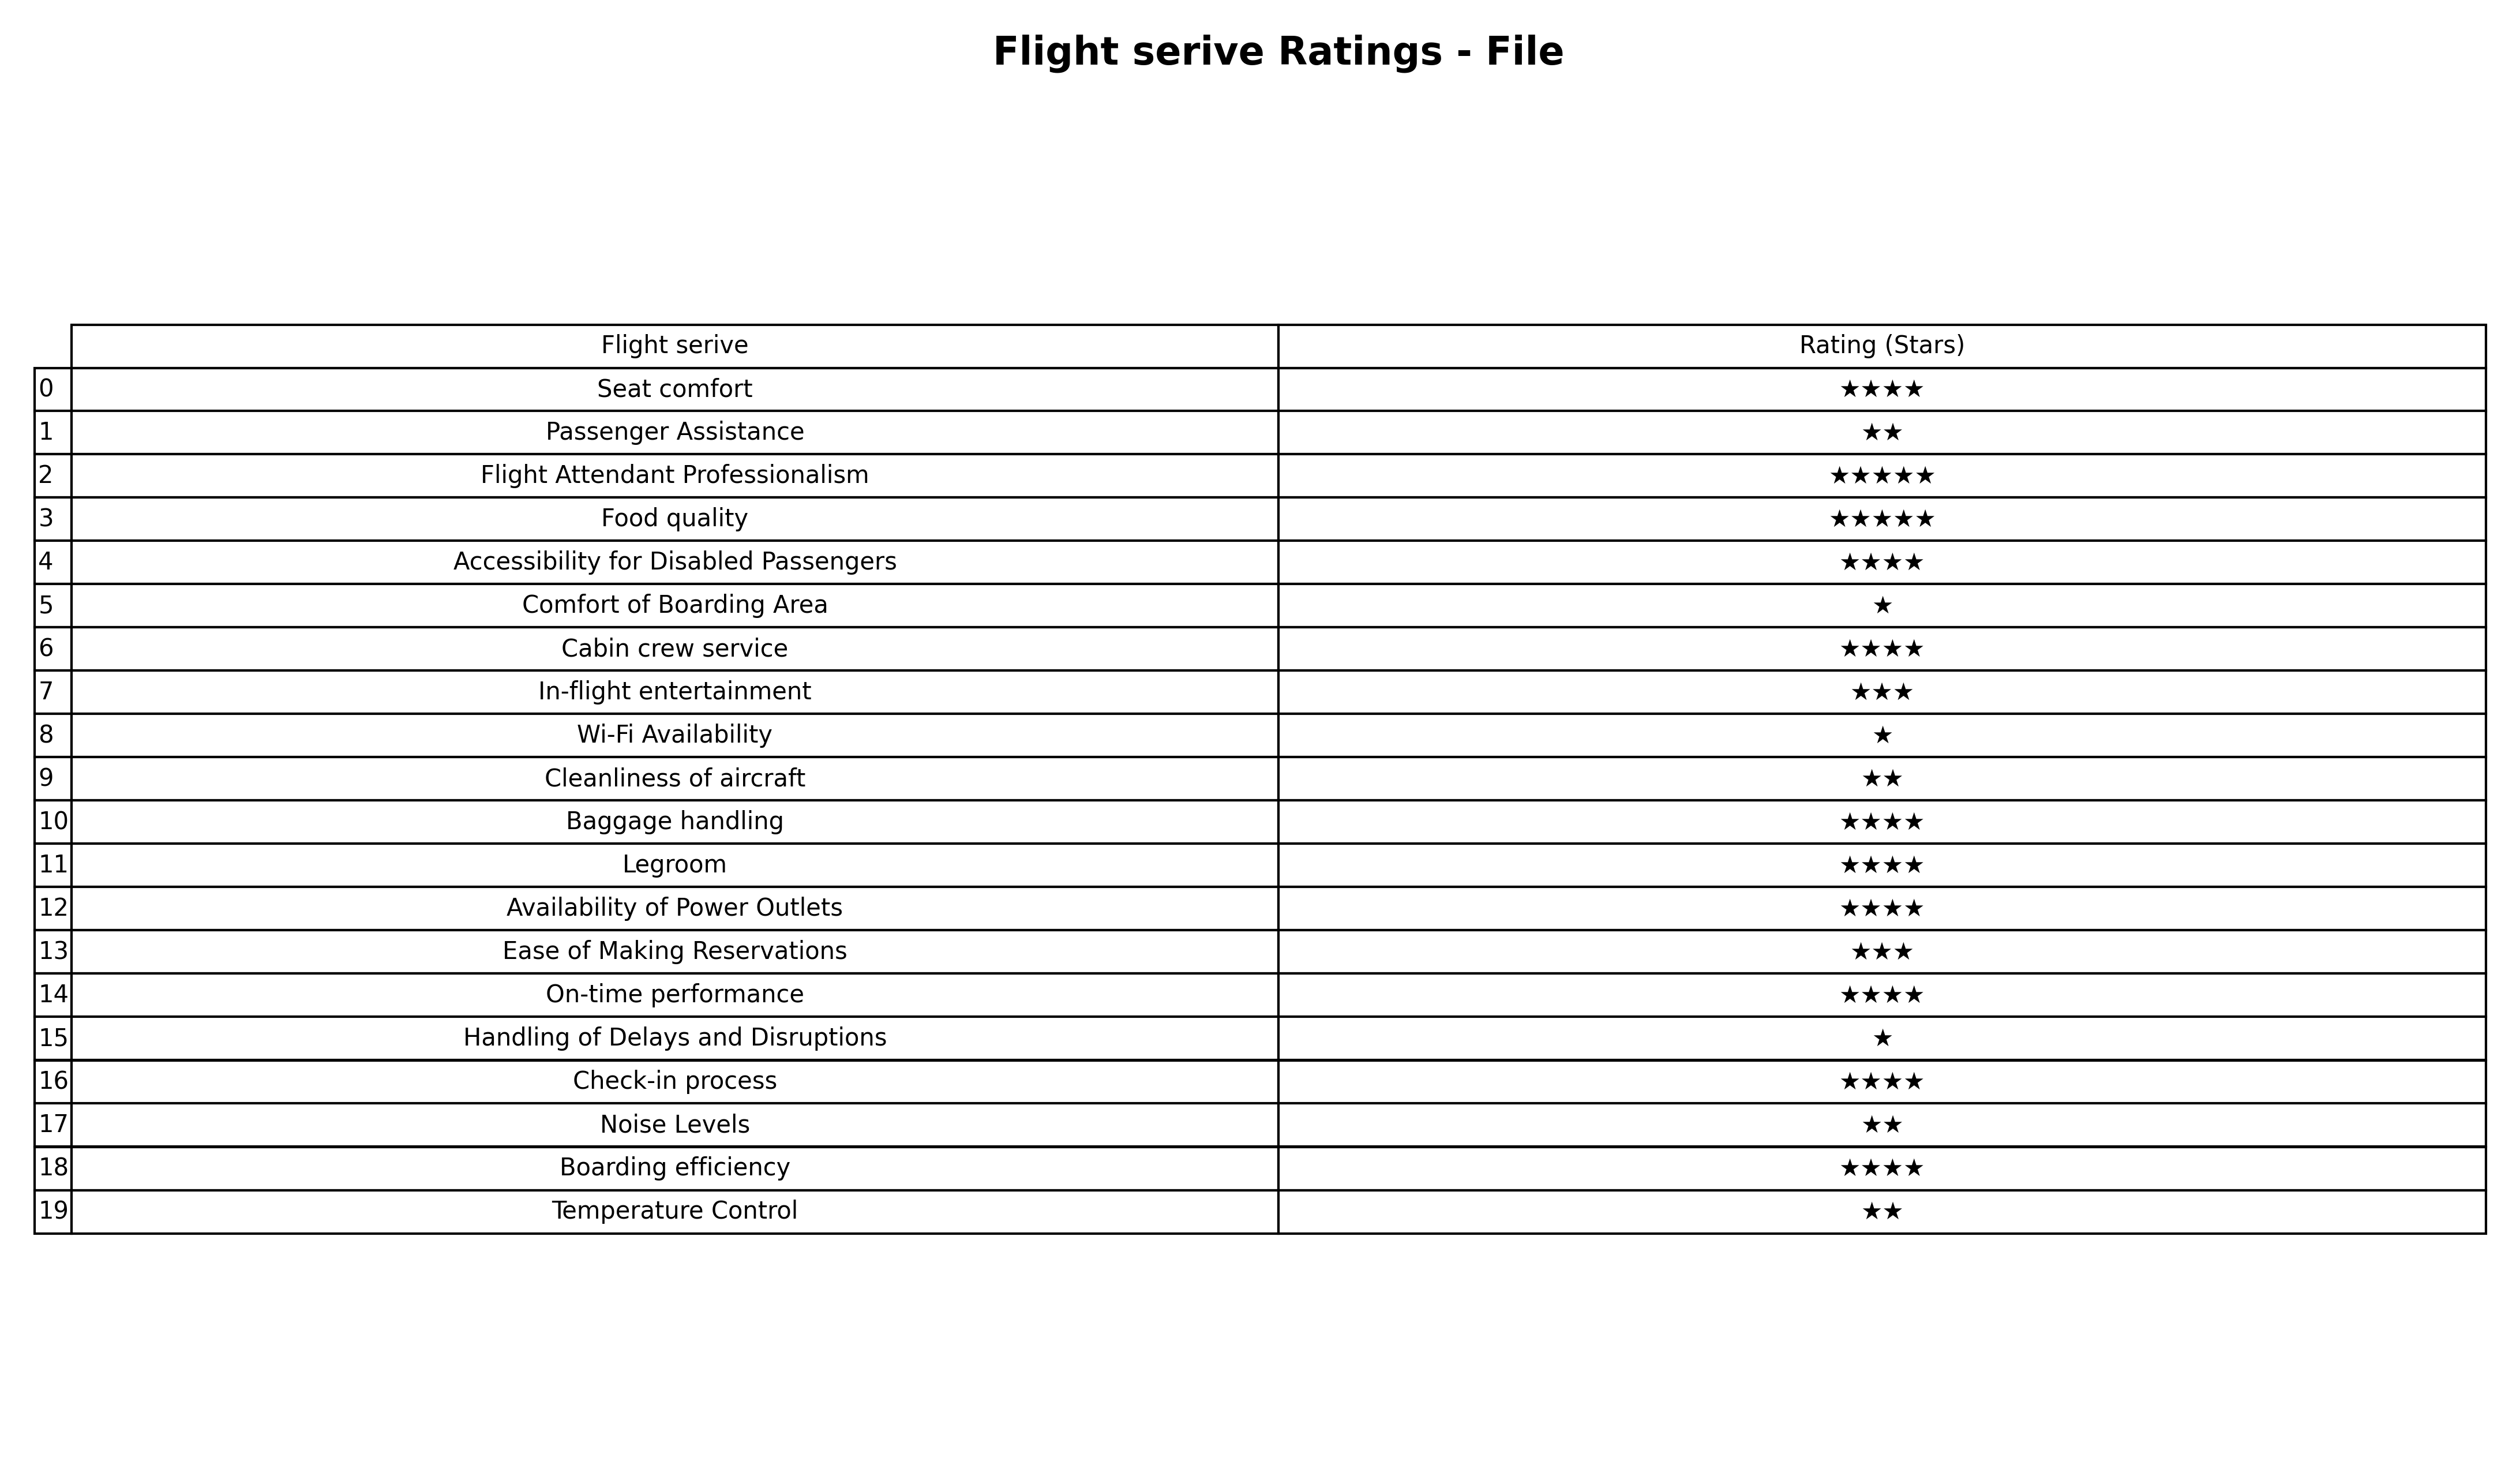
question: What are highest rating services?
answer: Seat comfortAccessibility for Disabled PassengersCabin crew serviceBaggage handlingLegroomAvailability of Power OutletsOn-time performanceCheck-in processBoarding efficiency